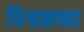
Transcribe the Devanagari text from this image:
पिर्‍हसच्या